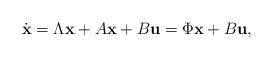
LaTeX: \begin{align*} \dot{\mathbf{x}}=\Lambda\mathbf{x}+ A\mathbf{x}+B\mathbf{u} = \Phi\mathbf{x}+B\mathbf{u},\end{align*}